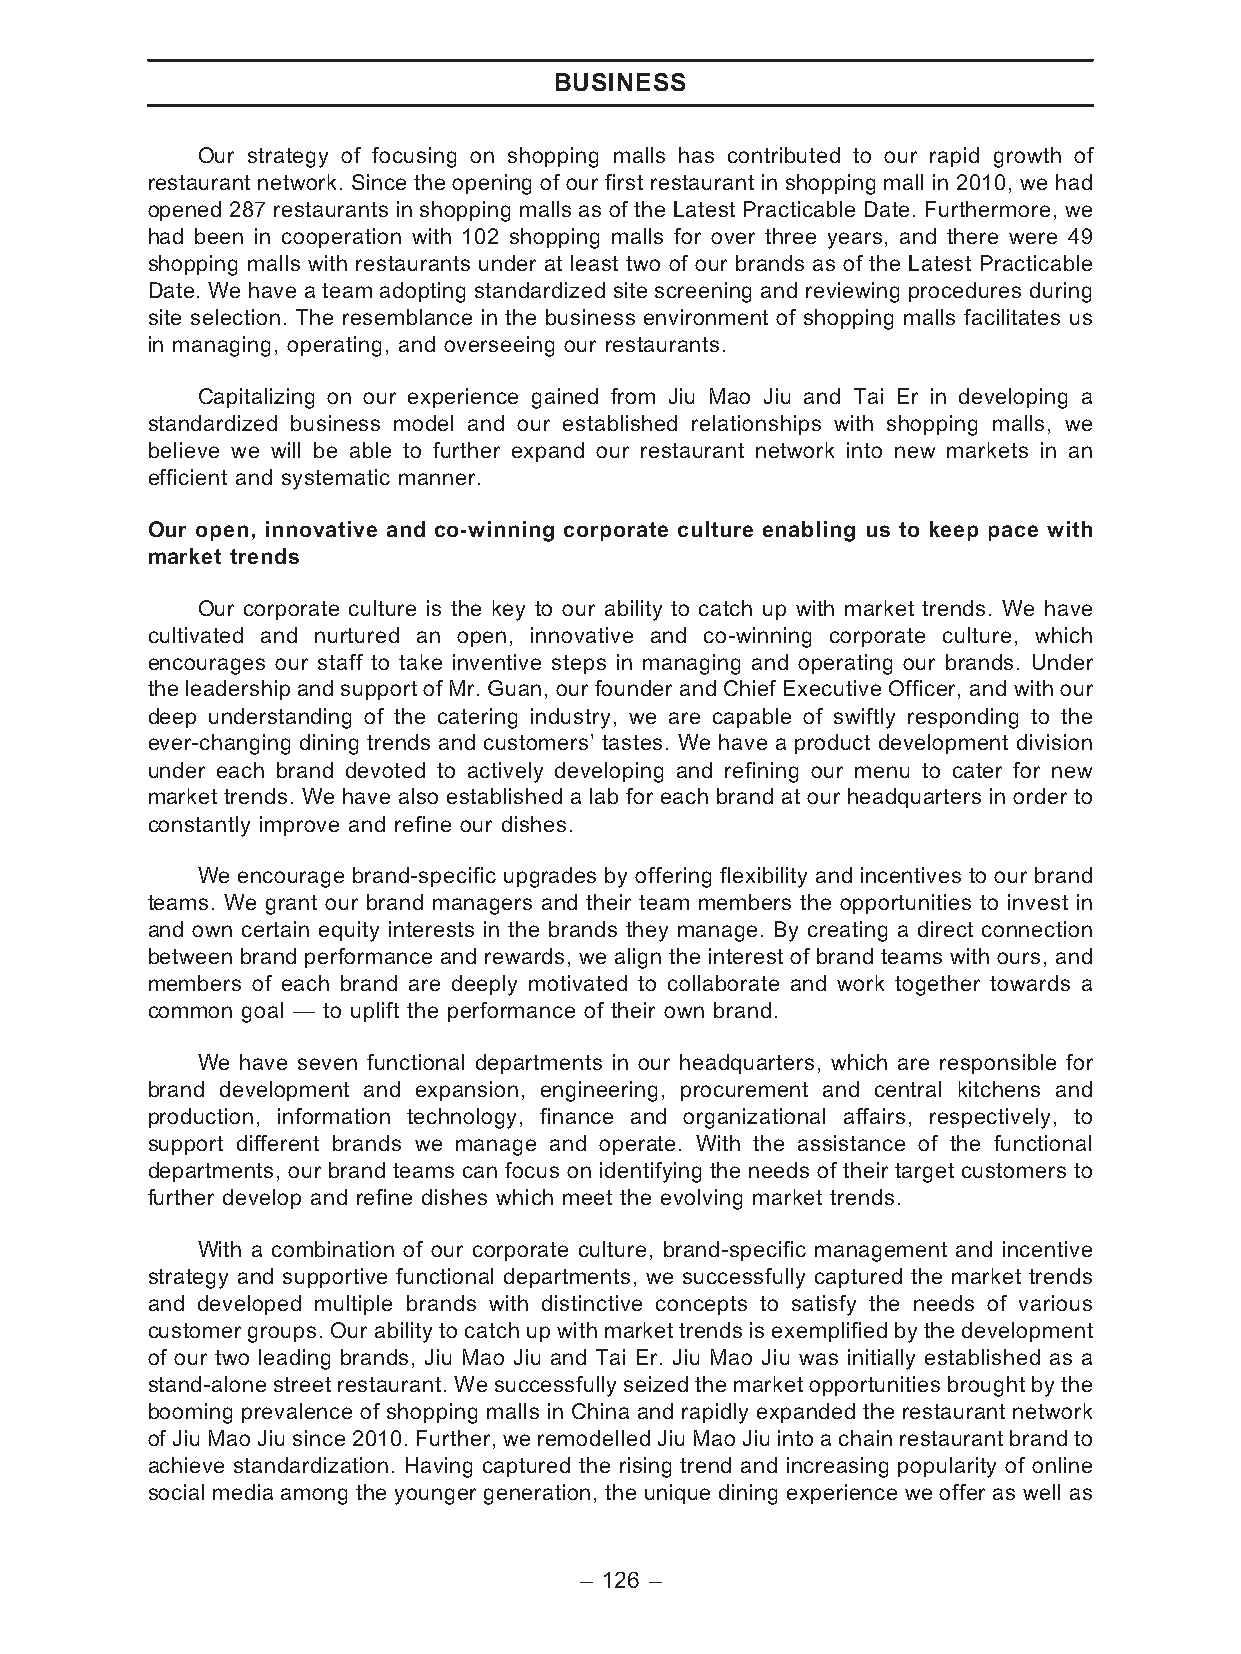
BUSINESS
 Our strategy of focusing on shopping malls has contributed to our rapid growth of
 restaurant network. Since the opening of our first restaurant in shopping mall in 2010, we had
 opened 287 restaurants in shopping malls as of the Latest Practicable Date. Furthermore, we
 had been in cooperation with 102 shopping malls for over three years, and there were 49
 shopping malls with restaurants under at least two of our brands as of the Latest Practicable
 Date. We have a team adopting standardized site screening and reviewing procedures during
 site selection. The resemblance in the business environment of shopping malls facilitates us
 in managing, operating, and overseeing our restaurants.
 Capitalizing on our experience gained from Jiu Mao Jiu and Tai Er in developing a
 standardized business model and our established relationships with shopping malls, we
 believe we will be able to further expand our restaurant network into new markets in an
 efficient and systematic manner.
 Our open, innovative and co-winning corporate culture enabling us to keep pace with
 market trends
 Our corporate culture is the key to our ability to catch up with market trends. We have
 cultivated and nurtured an open, innovative and co-winning corporate culture, which
 encourages our staff to take inventive steps in managing and operating our brands. Under
 the leadership and support of Mr. Guan, our founder and Chief Executive Officer, and with our
 deep understanding of the catering industry, we are capable of swiftly responding to the
 ever-changing dining trends and customers’ tastes. We have a product development division
 under each brand devoted to actively developing and refining our menu to cater for new
 market trends. We have also established a lab for each brand at our headquarters in order to
 constantly improve and refine our dishes.
 We encourage brand-specific upgrades by offering flexibility and incentives to our brand
 teams. We grant our brand managers and their team members the opportunities to invest in
 and own certain equity interests in the brands they manage. By creating a direct connection
 between brand performance and rewards, we align the interest of brand teams with ours, and
 members of each brand are deeply motivated to collaborate and work together towards a
 common goal — to uplift the performance of their own brand.
 We have seven functional departments in our headquarters, which are responsible for
 brand development and expansion, engineering, procurement and central kitchens and
 production, information technology, finance and organizational affairs, respectively, to
 support different brands we manage and operate. With the assistance of the functional
 departments, our brand teams can focus on identifying the needs of their target customers to
 further develop and refine dishes which meet the evolving market trends.
 With a combination of our corporate culture, brand-specific management and incentive
 strategy and supportive functional departments, we successfully captured the market trends
 and developed multiple brands with distinctive concepts to satisfy the needs of various
 customergroups. Our ability to catch up with market trends isexemplified by the development
 of our two leading brands, Jiu Mao Jiu and Tai Er. Jiu Mao Jiu was initially established as a
 stand-alonestreetrestaurant.We successfullyseizedthemarket opportunitiesbrought bythe
 booming prevalence of shopping malls in China and rapidly expanded the restaurant network
 of Jiu Mao Jiu since 2010. Further, we remodelled Jiu Mao Jiu into a chain restaurant brand to
 achieve standardization. Having captured the rising trend and increasing popularity of online
 social media among the younger generation, the unique dining experience we offer as well as
 – 126 –